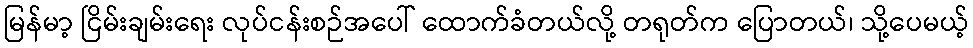
မြန်မာ့ ငြိမ်းချမ်းရေး လုပ်ငန်းစဉ်အပေါ် ထောက်ခံတယ်လို့ တရုတ်က ပြောတယ်၊ သို့ပေမယ့်